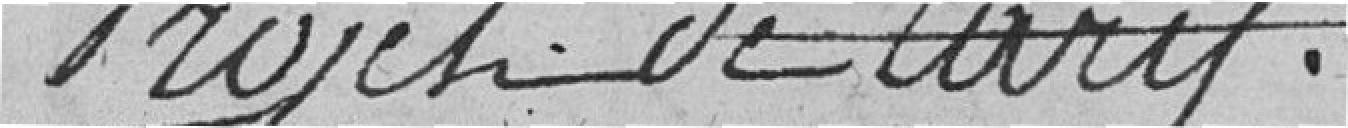
Projet de tarif